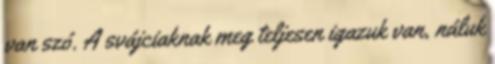
van szó. A svájciaknak meg teljesen igazuk van, náluk